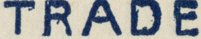
TRADE